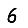
Digit: 6